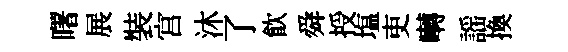
曙展裝宫沐了飮舜授塩吏囀謡換